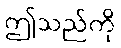
ဤသည်ကို